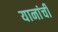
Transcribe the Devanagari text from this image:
यानांची